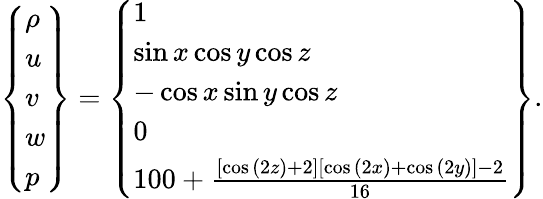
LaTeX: \left\{ \begin{array}{l}{\rho}\\ {u}\\ {v}\\ {w}\\ {p}\end{array}\right\} =\left\{ \begin{array}{l}{1}\\ {\sin{x}\cos{y}\cos{z}}\\ {-\cos{x}\sin{y}\cos{z}}\\ {0}\\ {100+\frac{\left[\cos{(2z)}+2\right]\left[\cos{(2x)}+\cos{(2y)}\right]-2}{16}}\end{array}\right\} .